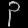
Digit: ၃